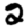
Digit: 2